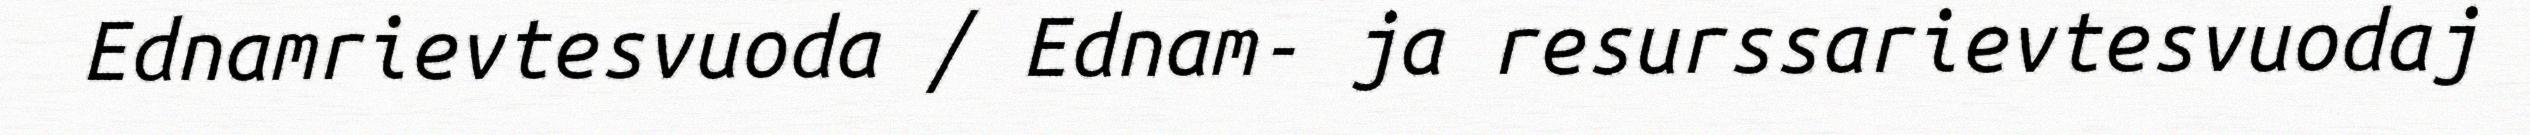
Ednamrievtesvuoda / Ednam- ja resurssarievtesvuodaj